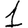
Digit: 1